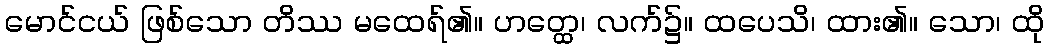
မောင်ငယ် ဖြစ်သော တိဿ မထေရ်၏။ ဟတ္ထေ၊ လက်၌။ ထပေသိ၊ ထား၏။ သော၊ ထို